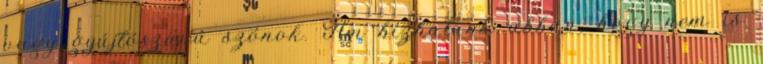
vagy gyújtószavú szónok. Ám bízhatunk abban, hogy nem is